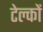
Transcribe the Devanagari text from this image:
टेल्कों